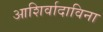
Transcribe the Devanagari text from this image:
आशिर्वादाविना